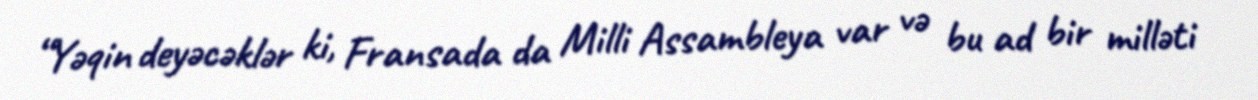
“Yəqin deyəcəklər ki, Fransada da Milli Assambleya var və bu ad bir milləti